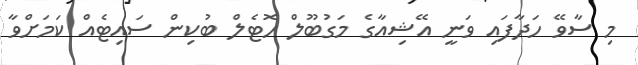
މި ސާވޭ ހަދާފައި ވަނީ އޭޝިއާގެ މަގުބޫލް ހޮޓެލް ބުކިން ސައިޓެއް ކަމަށްވާ